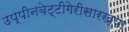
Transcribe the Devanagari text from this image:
उप्पीनबेट्टीगेरीसारख्या